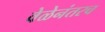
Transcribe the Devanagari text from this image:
वेळेनंतरच